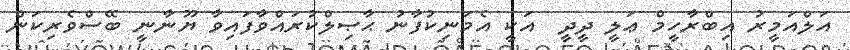
އަލްއަމީރު އިބްރާހީމް ޢަލީ ދީދީ  އަކީ އެމަނިކުފާނު ޙާޞިލްކުރައްވާފައިވާ ޔޫނާނީ ބޭސްވެރިކަން